Annual report of the Punjab Veterinary College and of the Civil Veterinary Department, Punjab - 1920-1925
Year: 1920
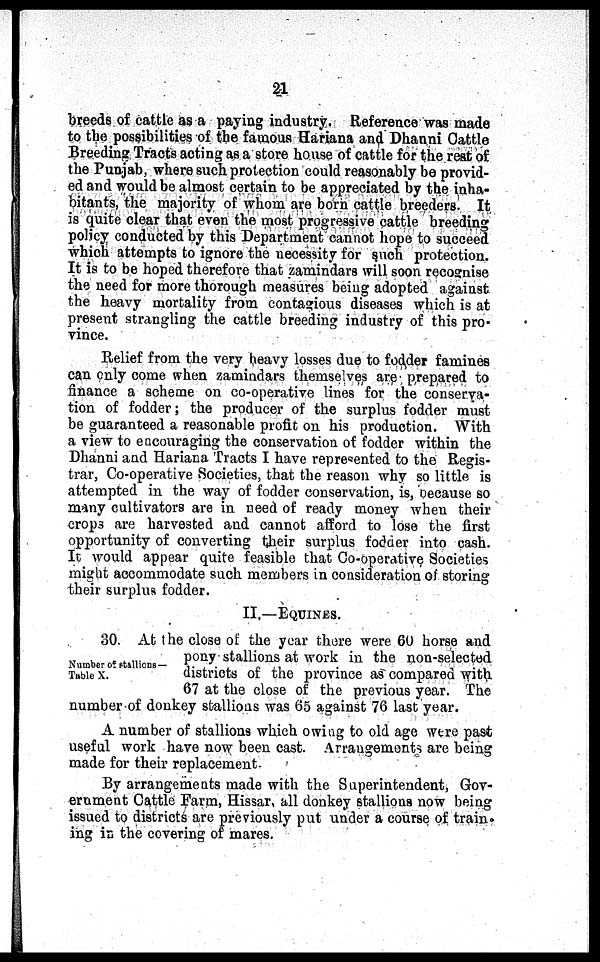
21
breeds of cattle as a paying industry. Reference was made
to the possibilities of the famous Hariana and Dhanni Cattle
Breeding Tracts acting as a store house of cattle for the rest of
the Punjab, where such protection could reasonably be provid-
ed and would be almost certain to be appreciated by the inha-
bitants, the majority of whom are born cattle breeders. It
is quite clear that even the most progressive cattle breeding
policy conducted by this Department cannot hope to succeed
which attempts to ignore the necessity for such protection.
It is to be hoped therefore that zamindars will soon recognise
the need for more thorough measures being adopted against
the heavy mortality from contagious diseases which is at
present strangling the cattle breeding industry of this pro-
vince.
Relief from the very heavy losses due to fodder famines
can only come when zamindars themselves are prepared to
finance a scheme on co-operative lines for the conserya-
tion of fodder; the producer of the surplus fodder must
be guaranteed a reasonable profit on his production. With
a view to encouraging the conservation of fodder within the
Dhanni and Hariana Tracts I have represented to the Regis-
trar, Co-operative Societies, that the reason why so little is
attempted in the way of fodder conservation, is, because so
many cultivators are in need of ready money when their
crops are harvested and cannot afford to lose the first
opportunity of converting their surplus fodder into cash.
It would appear quite feasible that Co-operative Societies
might accommodate such members in consideration of storing
their surplus fodder.
II.—EQUINES.
Number of stallions—
Table X.
30. At the close of the year there were 60 horse and
pony stallions at work in the non-selected
districts of the province as compared with
67 at the close of the previous year. The
number of donkey stallioas was 65 against 76 last year.
A number of stallions which owing to old age were past
useful work have now been cast. Arrangements are being
made for their replacement.
By arrangements made with the Superintendent, Gov-
ernment Cattle Farm, Hissar, all donkey stallions now being
issued to districts are previously put under a course of train-
ing in the covering of mares.